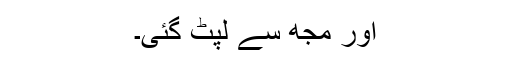
اور مجھ سے لپٹ گئی۔